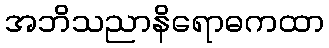
အဘိသညာနိရောဓကထာ